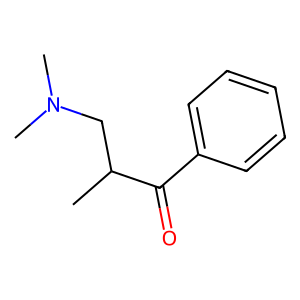
SMILES: CC(CN(C)C)C(=O)c1ccccc1
Inhibits HIV replication: No